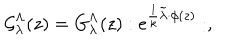
LaTeX: { \cal G } _ { \lambda } ^ { \Lambda } ( z ) = { G } _ { \lambda } ^ { \Lambda } ( z ) : e ^ { { { \frac { 1 } { k } } \tilde { \lambda } \cdot \phi ( z ) } } : ,